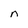
Character: n